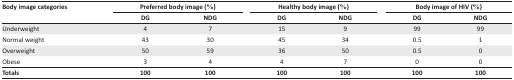
| Body image categories | <COLSPAN=2> Preferred body image (%) | <COLSPAN=2> Healthy body image (%) | <COLSPAN=2> Body image of HIV (%) |
 |  | DG | NDG | DG | NDG | DG | NDG |
 | --- | --- | --- | --- | --- | --- | --- |
 | Underweight | 4 | 7 | 15 | 9 | 99 | 99 |
 | Normal weight | 43 | 30 | 45 | 34 | 0.5 | 1 |
 | Overweight | 50 | 59 | 36 | 50 | 0.5 | 0 |
 | Obese | 3 | 4 | 4 | 7 | 0 | 0 |
 | Totals | 100 | 100 | 100 | 100 | 100 | 100 |